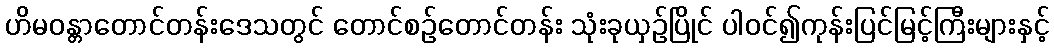
ဟိမဝန္တာတောင်တန်းဒေသတွင် တောင်စဉ်တောင်တန်း သုံးခုယှဉ်ပြိုင် ပါဝင်၍ကုန်းပြင်မြင့်ကြီးများနှင့်